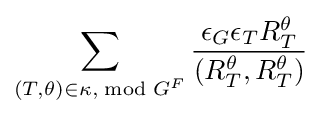
\sum _{(T,\theta )\in \kappa ,{\bmod {G}}^{F}}{\epsilon _{G}\epsilon _{T}R_{T}^{\theta } \over (R_{T}^{\theta },R_{T}^{\theta })}